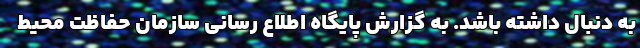
به دنبال داشته باشد. به گزارش پایگاه اطلاع رسانی سازمان حفاظت محیط